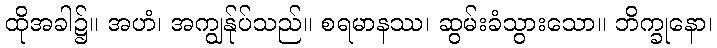
ထိုအခါ၌။ အဟံ၊ အကျွန်ုပ်သည်။ စရမာနဿ၊ ဆွမ်းခံသွားသော။ ဘိက္ခုနော၊